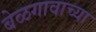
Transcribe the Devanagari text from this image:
बेळगावाच्या